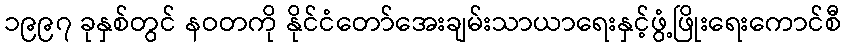
၁၉၉၇ ခုနှစ်တွင် နဝတကို နိုင်ငံတော်အေးချမ်းသာယာရေးနှင့်ဖွံ့ဖြိုးရေးကောင်စီ